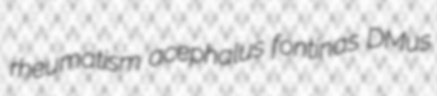
rheumatism acephalus fontinas DMus